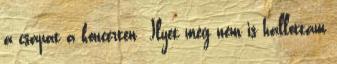
a csapat a koncerten Ilyet még nem is hallottam